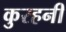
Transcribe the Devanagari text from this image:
कुरहनी